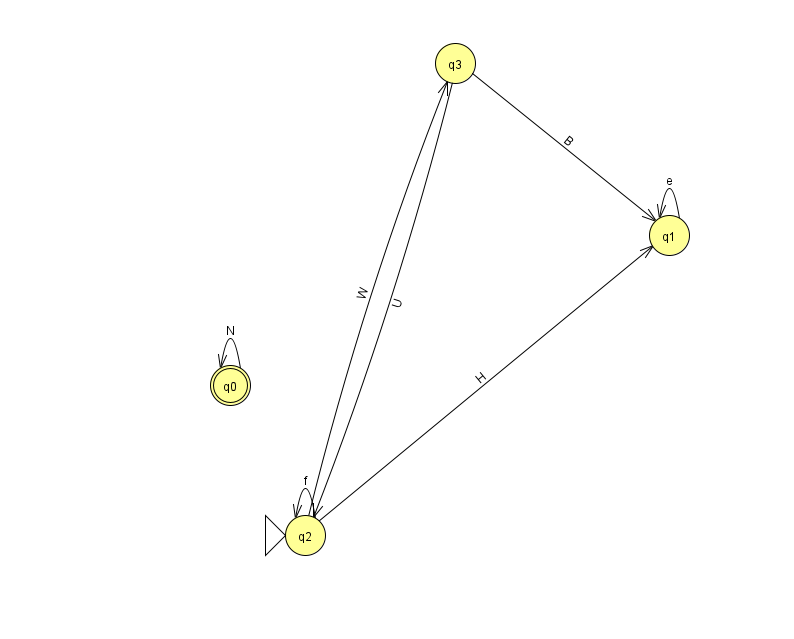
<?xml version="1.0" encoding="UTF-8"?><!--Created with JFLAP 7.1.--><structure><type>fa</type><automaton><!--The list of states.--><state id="0" name="q0"><x>230.0</x><y>372.0</y><final/></state><state id="1" name="q1"><x>669.0</x><y>222.0</y></state><state id="2" name="q2"><x>305.0</x><y>522.0</y><initial/></state><state id="3" name="q3"><x>455.0</x><y>50.0</y></state><!--The list of transitions.--><transition><from>3</from><to>2</to><read>U</read></transition><transition><from>2</from><to>3</to><read>W</read></transition><transition><from>1</from><to>1</to><read>e</read></transition><transition><from>3</from><to>1</to><read>B</read></transition><transition><from>2</from><to>2</to><read>f</read></transition><transition><from>2</from><to>1</to><read>H</read></transition><transition><from>0</from><to>0</to><read>N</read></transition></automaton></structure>